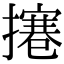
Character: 𢶊